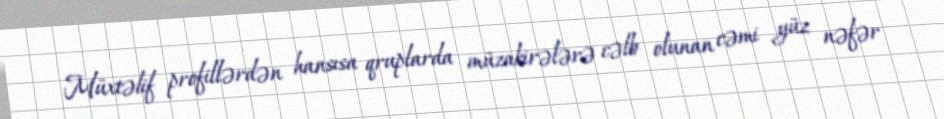
Müxtəlif profillərdən hansısa qruplarda müzakirələrə cəlb olunan cəmi yüz nəfər